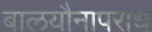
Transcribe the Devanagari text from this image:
बालयौनापराध